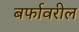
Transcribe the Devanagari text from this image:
बर्फावरील